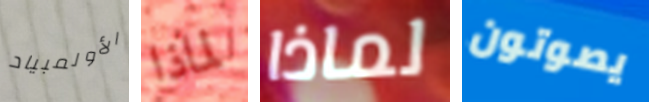
الأولمبياد لماذا لماذا يصوتون